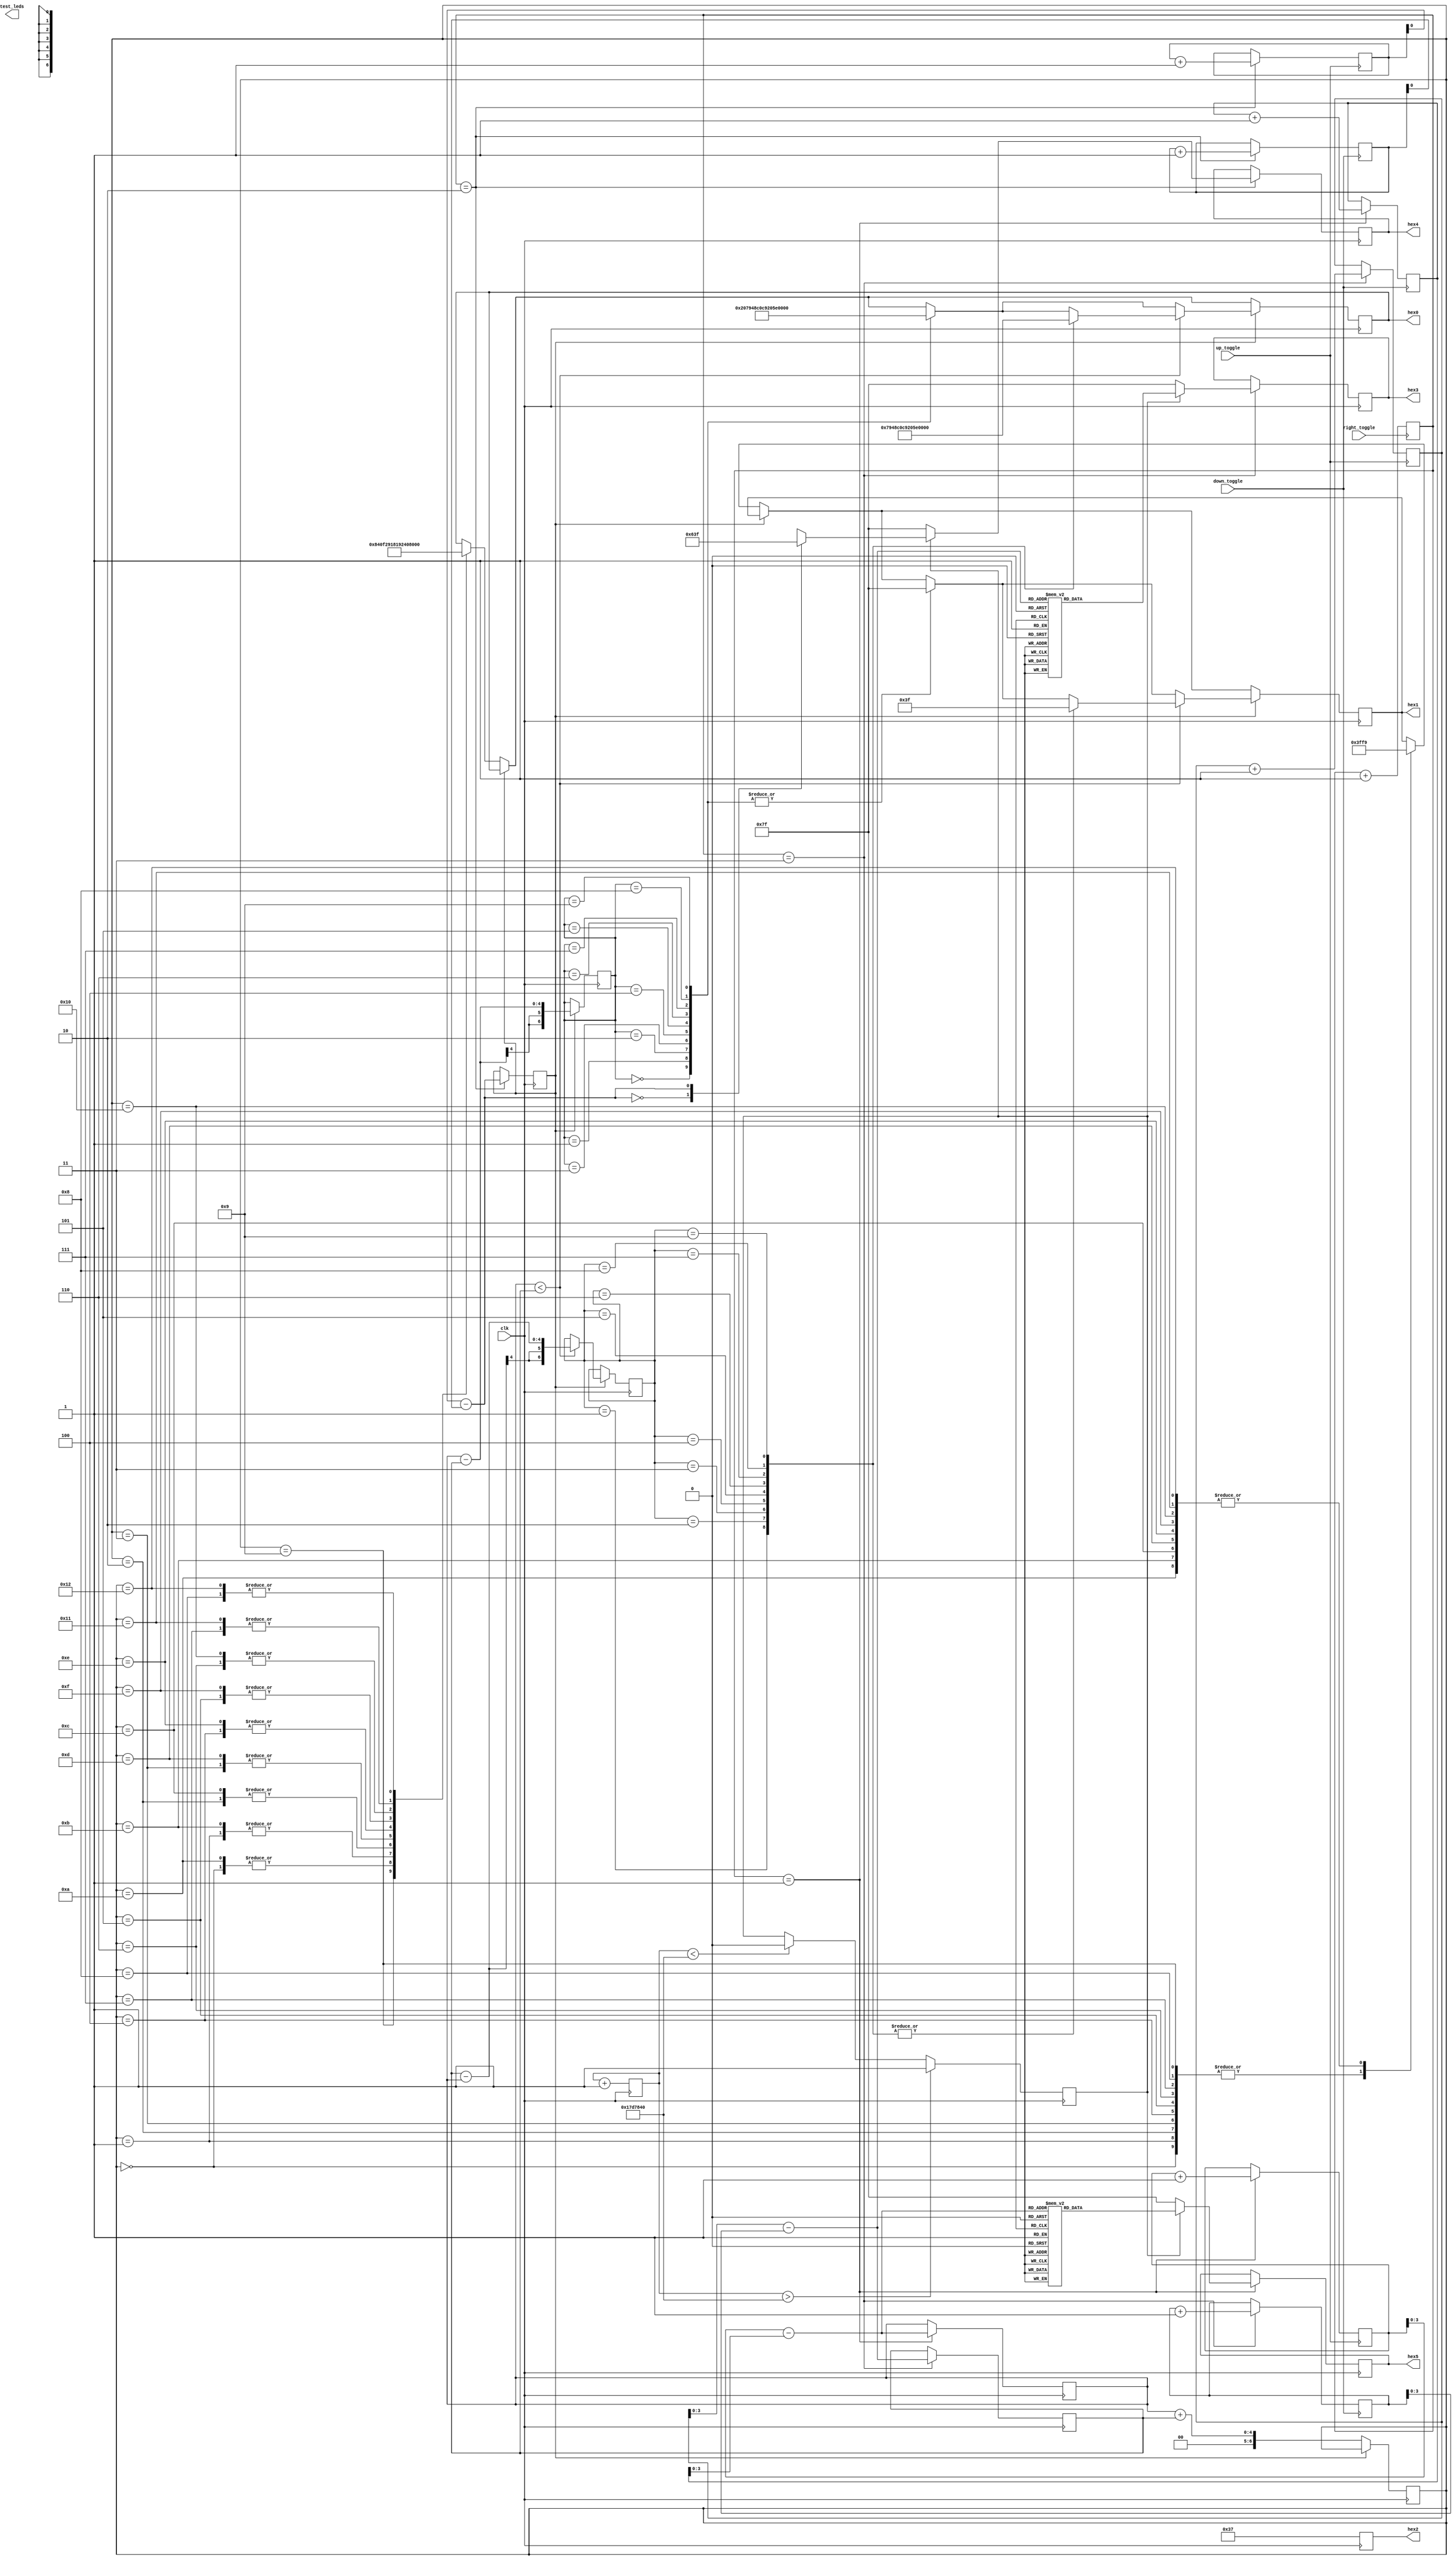
module main(
    input wire clk, 
    input wire right_toggle, 
    input wire up_toggle, 
    input wire down_toggle,
    output reg [6:0] hex5, 
    output reg [6:0] hex4, 
    output reg [6:0] hex3, 
    output reg [6:0] hex2, 
    output reg [6:0] hex1, 
    output reg [6:0] hex0, 
    output reg [1:0] test_leds
); 



wire [6:0] zero = 7'b1000000; 
wire [6:0] one = 7'b1111001; 
wire [6:0] two = 7'b0100100; 
wire [6:0] three = 7'b0110000; 
wire [6:0] four = 7'b0011001; 
wire [6:0] five = 7'b0010010; 
wire [6:0] six = 7'b0000010; 
wire [6:0] seven = 7'b1111000; 
wire [6:0] eight = 7'b0000000; 
wire [6:0] nine = 7'b0010000;
wire [6:0] equal = 7'b0110111; 
wire [6:0] off = 7'b1111111; 
wire [6:0] error = 7'b0000110;

reg [26:0] accum = 0;
reg blink_trigger = 0; 

reg [1:0] left_right_setting = 2'b0; 

wire [6:0] minus = 7'b0111111; 
wire [6:0] plus = 7'b0001100; 


// Side scroll code 
always @ (negedge right_toggle) begin
    if (!right_toggle) begin // if key0 gets pushed 
        left_right_setting <= left_right_setting + 1; 
    end 
end 

// blinking code 
always @ (posedge clk) begin 
    accum <= accum + 1; 
    if (accum > 25000000) begin 
        blink_trigger <= 1; // turns on 
    end 
    else if (accum < 25000000) begin // turns off 
        blink_trigger <= 0; 
    end 
end 

reg [7:0] incr_val1_hex5; 
reg [7:0] incr_val1_hex4; 
reg [7:0] incr_val1_hex3; 

reg [7:0] decr_val2_hex5;
reg [7:0] decr_val2_hex4;
reg [7:0] decr_val2_hex3;

// increment value 1
always @ (negedge up_toggle) begin 
    case (left_right_setting) 
        1: incr_val1_hex5 <= incr_val1_hex5 + 1; 
        2: incr_val1_hex4 <= incr_val1_hex4 + 1; 
        3: incr_val1_hex3 <= incr_val1_hex3 + 1; 
    endcase   
end 

// decrement value 2
always @ (negedge down_toggle) begin 
    case (left_right_setting)
        1: decr_val2_hex5 <= decr_val2_hex5 + 1; 
        2: decr_val2_hex4 <= decr_val2_hex4 + 1; 
        3: decr_val2_hex3 <= decr_val2_hex3 + 1; 
    endcase 
end 

reg [3:0] output_hex5; 
reg output_hex4; 
reg [3:0] output_hex3; 

always @ (posedge clk) begin 
    hex2 <= 7'b0110111; // equal sign 
    if (left_right_setting == 2'b01) begin 
        output_hex5 = incr_val1_hex5 - decr_val2_hex5; 
        if (blink_trigger == 1) begin 
            case (output_hex5)
                0: hex5 <= zero; 
                1: hex5 <= one; 
                2: hex5 <= two; 
                3: hex5 <= three; 
                4: hex5 <= four; 
                5: hex5 <= five; 
                6: hex5 <= six; 
                7: hex5 <= seven; 
                8: hex5 <= eight; 
                9: hex5 <= nine;
                default: hex5 <= error; 
            endcase 
        end 

        else if (blink_trigger == 0) begin 
            hex5 <= off; 
        end 
    end 

    if (left_right_setting == 2'b10) begin 
        output_hex4 = incr_val1_hex4 - decr_val2_hex4; 
        if (blink_trigger == 1) begin 
            case (output_hex4)
                0: hex4 <= plus; 
                1: hex4 <= minus; 
            endcase 
        end 
        else if (blink_trigger == 0) begin 
            hex4 <= off; 
        end 
    end 

    if (left_right_setting == 2'b11) begin 
        output_hex3 = incr_val1_hex3 - decr_val2_hex3; 
        if (blink_trigger == 1) begin 
            case (output_hex3)
                0: hex3 <= zero; 
                1: hex3 <= one; 
                2: hex3 <= two; 
                3: hex3 <= three; 
                4: hex3 <= four; 
                5: hex3 <= five; 
                6: hex3 <= six; 
                7: hex3 <= seven; 
                8: hex3 <= eight; 
                9: hex3 <= nine; 
                default: hex3 <= error; 
            endcase 
        end 
        else if (blink_trigger == 0) begin 
            hex3 <= off; 
        end 
    end 
end 

reg [6:0] output_calc_plus; 
reg [6:0] output_calc_minus; 
reg [6:0] output_calc_neg; 

always @ (posedge clk) begin 
    // Plus calculation 
    if (output_hex4 == 0) begin 
        output_calc_plus <= output_hex5 + output_hex3; 
        case (output_calc_plus)
            0: begin  
                hex0 <= zero;
                hex1 <= off; 
            end  
            1: begin  
                hex0 <= one;
                hex1 <= off; 
            end  
            2: begin 
                hex0 <= two; 
                hex1 <= off; 
            end 
            3: begin 
                hex0 <= three; 
                hex1 <= off; 
            end 
            4: begin 
                hex0 <= four; 
                hex1 <= off; 
            end 
            5: begin 
                hex0 <= five; 
                hex1 <= off; 
            end 
            6: begin 
                hex0 <= six; 
                hex1 <= off; 
            end 
            7: begin 
                hex0 <= seven; 
                hex1 <= off; 
            end 
            8: begin 
                hex0 <= eight; 
                hex1 <= off; 
            end 
            9: begin 
                hex0 <= nine;
                hex1 <= off; 
            end 
            10: begin 
                hex1 <= one; 
                hex0 <= zero; 
            end 
            11: begin 
                hex1 <= one; 
                hex0 <= one; 
            end
            12: begin 
                hex1 <= one; 
                hex0 <= two; 
            end                 
            13: begin 
                hex1 <= one; 
                hex0 <= three; 
            end
            14: begin 
                hex1 <= one; 
                hex0 <= four; 
            end
            15: begin 
                hex1 <= one; 
                hex0 <= five; 
            end
            16: begin 
                hex1 <= one; 
                hex0 <= six; 
            end
            17: begin 
                hex1 <= one; 
                hex0 <= seven; 
            end                                                                                
            18: begin 
                hex1 <= one; 
                hex0 <= eight; 
            end                
        endcase 
    end 

    // minus calculation
    if (output_hex4 == 1) begin 
        output_calc_minus <= output_hex5 - output_hex3; 
        case (output_calc_minus)
            0: begin  
                hex0 <= zero;
                hex1 <= off; 
            end  
            1: begin  
                hex0 <= one;
                hex1 <= off; 
            end  
            2: begin 
                hex0 <= two; 
                hex1 <= off; 
            end 
            3: begin 
                hex0 <= three; 
                hex1 <= off; 
            end 
            4: begin 
                hex0 <= four; 
                hex1 <= off; 
            end 
            5: begin 
                hex0 <= five; 
                hex1 <= off; 
            end 
            6: begin 
                hex0 <= six; 
                hex1 <= off; 
            end 
            7: begin 
                hex0 <= seven; 
                hex1 <= off; 
            end 
            8: begin 
                hex0 <= eight; 
                hex1 <= off; 
            end 
            9: begin 
                hex0 <= nine;
                hex1 <= off; 
            end  
        endcase  

        // if output is negative 
        if (output_hex5 < output_hex3) begin 
            output_calc_neg <= output_hex3 - output_hex5; 
            case (output_calc_neg) 
                1: begin  
                    hex0 <= one;
                    hex1 <= minus; 
                end  
                2: begin 
                    hex0 <= two; 
                    hex1 <= minus; 
                end 
                3: begin 
                    hex0 <= three; 
                    hex1 <= minus; 
                end 
                4: begin 
                    hex0 <= four; 
                    hex1 <= minus; 
                end 
                5: begin 
                    hex0 <= five; 
                    hex1 <= minus; 
                end 
                6: begin 
                    hex0 <= six; 
                    hex1 <= minus; 
                end 
                7: begin 
                    hex0 <= seven; 
                    hex1 <= minus; 
                end 
                8: begin 
                    hex0 <= eight; 
                    hex1 <= minus; 
                end 
                9: begin 
                    hex0 <= nine;
                    hex1 <= minus; 
                end                 
            endcase 
        end              
    end     
end 




endmodule